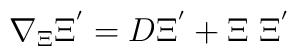
\nabla_{\Xi}\Xi^{'} = D\Xi^{'} + \Xi~\Xi^{'}